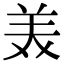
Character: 𫟈